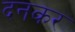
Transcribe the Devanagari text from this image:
दनकर